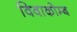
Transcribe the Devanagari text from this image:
विवाकोम्ब